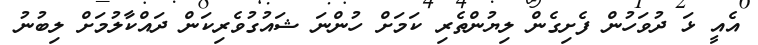
އެއީ ޅަ ދުވަހުން ފެށިގެން ލިޔުންތެރި ކަމަށް ހުންނަ ޝައުގުވެރިކަން ދައްކާލުމަށް ލިބުނު